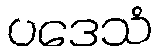
ပဒေသံ